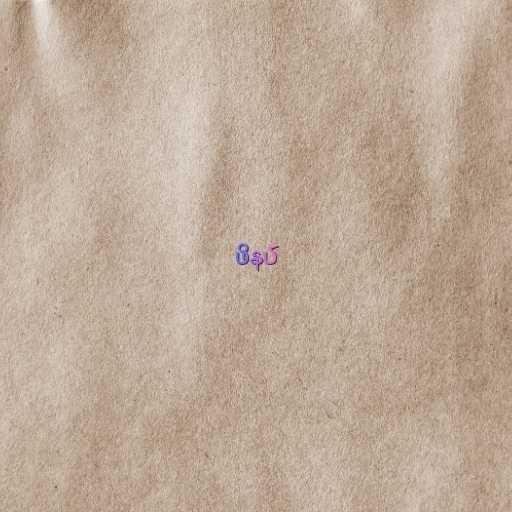
ဖိနပ်